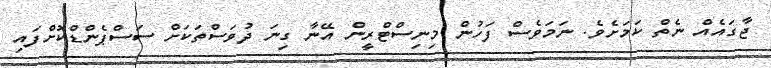
ޖާގައެއް ނެތް ކަަމަށެވެ. ނަމަވެސް ފަހުން މިނިސްޓްރީން އޭނާ ގިނަ ދުވަސްތަކަށް ސަސްޕެންޑްކޮށްފައި